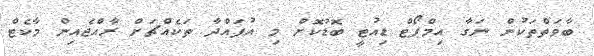
ބާވަތްތަކުން ނަގާ އިމްޕޯޓް ޑިއުޓީ ބޮޑުކޮށް މި އުފައްދާ ތަކެއްޗަށް ރާއްޖެއިން މާކެޓް